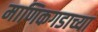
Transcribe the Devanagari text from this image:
माणिकगडाच्या